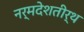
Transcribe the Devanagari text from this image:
नर्मदेशतीर्थ